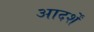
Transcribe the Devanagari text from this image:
आदर्शें